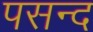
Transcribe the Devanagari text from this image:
पसन्‍द